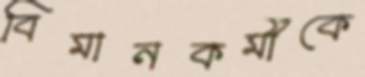
বিমানকর্মীকে